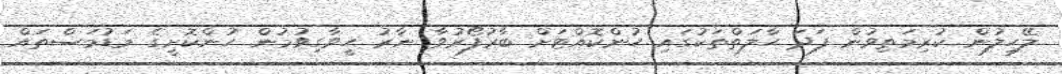
ލޭހިލުން ކުރިމަތިވުން ފަދަ ޙާލަތްތަކުގައި ހުންކޮއްޓަށް ބާރުފޯރުވާ ނާރު ހީވާގިވުމުން ހުންކޮށީގެ މަޑުމަސްތައް